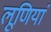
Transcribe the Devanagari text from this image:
लूणियां